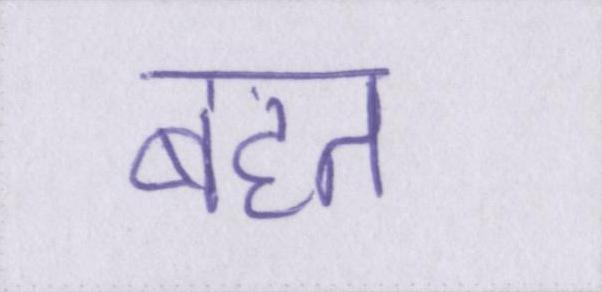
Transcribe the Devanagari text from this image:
बहत